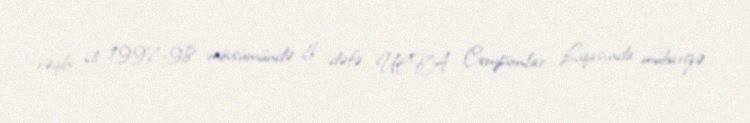
rəqibi idi. 1997–98 mövsümündə ilk dəfə UEFA Çempionlar Liqasında mübarizə